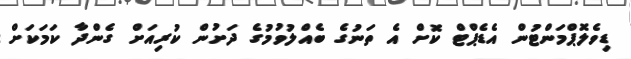
ޑިވެލޮޕްމަންޓުން އެޑެޕްޓް ކޮށް އެ ތަނުގެ ބެއްލުވުމުގެ ދަށުން ކުރިއަށް ގެންދާ ކަމަކަށް